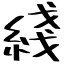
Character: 綫